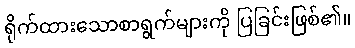
ရိုက်ထားသောစာရွက်များကို ပြခြင်းဖြစ်၏။